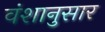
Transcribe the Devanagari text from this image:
वंशानुसार